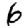
Digit: 6